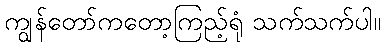
ကျွန်တော်ကတော့ကြည့်ရုံ သက်သက်ပါ။